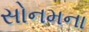
સોનમના